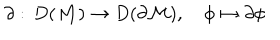
LaTeX: \partial : \, D ( { \cal M } ) \rightarrow D ( \partial { \cal M } ) , \quad \phi \mapsto \partial \phi